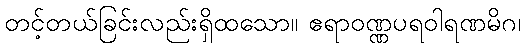
တင့်တယ်ခြင်းလည်းရှိထသော။ ဧရာဝဏ္ဏပရဝါရဏမိဂ၊